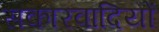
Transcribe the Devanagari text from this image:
सकारवादियों